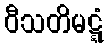
ဝီသတိမဋ္ဋံ